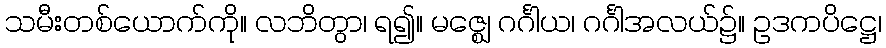
သမီးတစ်ယောက်ကို။ လဘိတွာ၊ ရ၍။ မဇ္ဈေ ဂင်္ဂါယ၊ ဂင်္ဂါအလယ်၌။ ဥဒကပိဋ္ဌေ၊